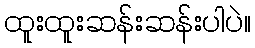
ထူးထူးဆန်းဆန်းပါပဲ။